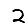
Digit: 2